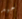
جيد